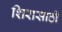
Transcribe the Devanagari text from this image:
शिरासाठी